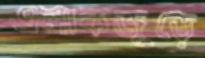
এলাকজুড়ে